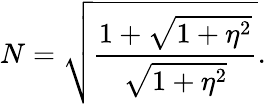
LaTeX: N=\sqrt{\frac{1+\sqrt{1+\eta^{2}}}{\sqrt{1+\eta^{2}}}}.